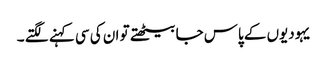
یہودیوں کے پاس جا بیٹھتے تو ان کی سی کہنے لگتے ۔